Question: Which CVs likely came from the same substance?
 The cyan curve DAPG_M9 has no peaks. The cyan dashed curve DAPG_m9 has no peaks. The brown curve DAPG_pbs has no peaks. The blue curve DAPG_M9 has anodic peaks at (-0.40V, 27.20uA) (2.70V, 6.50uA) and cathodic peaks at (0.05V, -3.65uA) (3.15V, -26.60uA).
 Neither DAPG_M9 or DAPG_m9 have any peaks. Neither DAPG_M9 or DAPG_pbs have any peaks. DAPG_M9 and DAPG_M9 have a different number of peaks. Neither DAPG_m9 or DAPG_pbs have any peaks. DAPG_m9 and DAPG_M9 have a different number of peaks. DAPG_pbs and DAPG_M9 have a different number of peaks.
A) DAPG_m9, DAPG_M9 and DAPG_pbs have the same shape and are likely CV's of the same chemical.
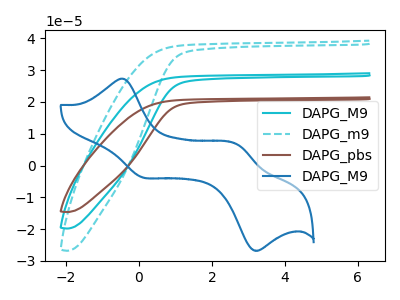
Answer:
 <answer>A) "DAPG_m9", "DAPG_M9" and "DAPG_pbs" have the same shape and are likely CV's of the same chemical.</answer>
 <eval>A</eval>